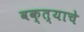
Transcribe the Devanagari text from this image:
वक्त्याचे